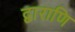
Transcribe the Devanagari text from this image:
द्वाराणि